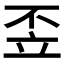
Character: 𱷣